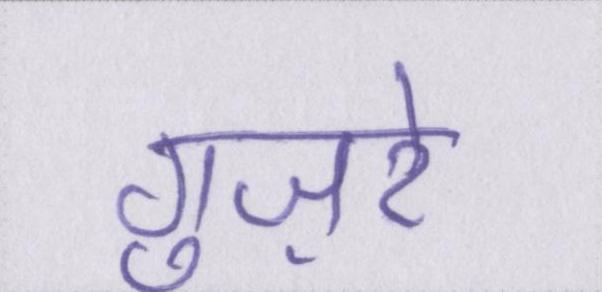
गुज़रे